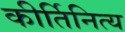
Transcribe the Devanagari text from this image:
कीर्तिनित्य